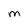
Character: M